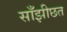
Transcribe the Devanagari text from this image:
साँझीछत